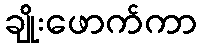
ချိုးဖောက်ကာ